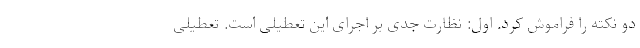
دو نکته را فراموش کرد. اول: نظارت جدی بر اجرای این تعطیلی است. تعطیلی